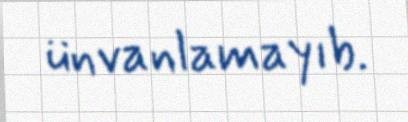
ünvanlamayıb.